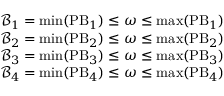
\begin{array} { r l } & { \mathcal { B } _ { 1 } = \operatorname* { m i n } ( { \mathrm { P B } _ { 1 } } ) \leq \omega \leq \operatorname* { m a x } ( { \mathrm { P B } _ { 1 } } ) } \\ & { \mathcal { B } _ { 2 } = \operatorname* { m i n } ( { \mathrm { P B } _ { 2 } } ) \leq \omega \leq \operatorname* { m a x } ( { \mathrm { P B } _ { 2 } } ) } \\ & { \mathcal { B } _ { 3 } = \operatorname* { m i n } ( { \mathrm { P B } _ { 3 } } ) \leq \omega \leq \operatorname* { m a x } ( { \mathrm { P B } _ { 3 } } ) } \\ & { \mathcal { B } _ { 4 } = \operatorname* { m i n } ( { \mathrm { P B } _ { 4 } } ) \leq \omega \leq \operatorname* { m a x } ( { \mathrm { P B } _ { 4 } } ) } \end{array}